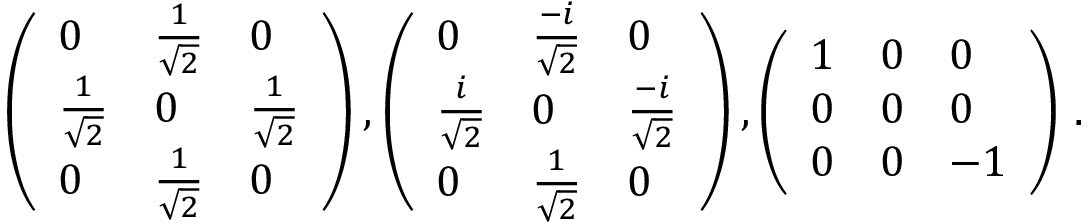
\left( \begin{array} { l l l } { 0 } & { \frac { 1 } { { \sqrt { 2 } } } } & { 0 } \\ { \frac { 1 } { { \sqrt { 2 } } } } & { 0 } & { \frac { 1 } { { \sqrt { 2 } } } } \\ { 0 } & { \frac { 1 } { { \sqrt { 2 } } } } & { 0 } \end{array} \right) , \left( \begin{array} { l l l } { 0 } & { \frac { - i } { \sqrt { 2 } } } & { 0 } \\ { \frac { i } { { \sqrt { 2 } } } } & { 0 } & { \frac { - i } { { \sqrt { 2 } } } } \\ { 0 } & { \frac { 1 } { { \sqrt { 2 } } } } & { 0 } \end{array} \right) , \left( \begin{array} { l l l } { 1 } & { 0 } & { 0 } \\ { 0 } & { 0 } & { 0 } \\ { 0 } & { 0 } & { - 1 } \end{array} \right) \, .